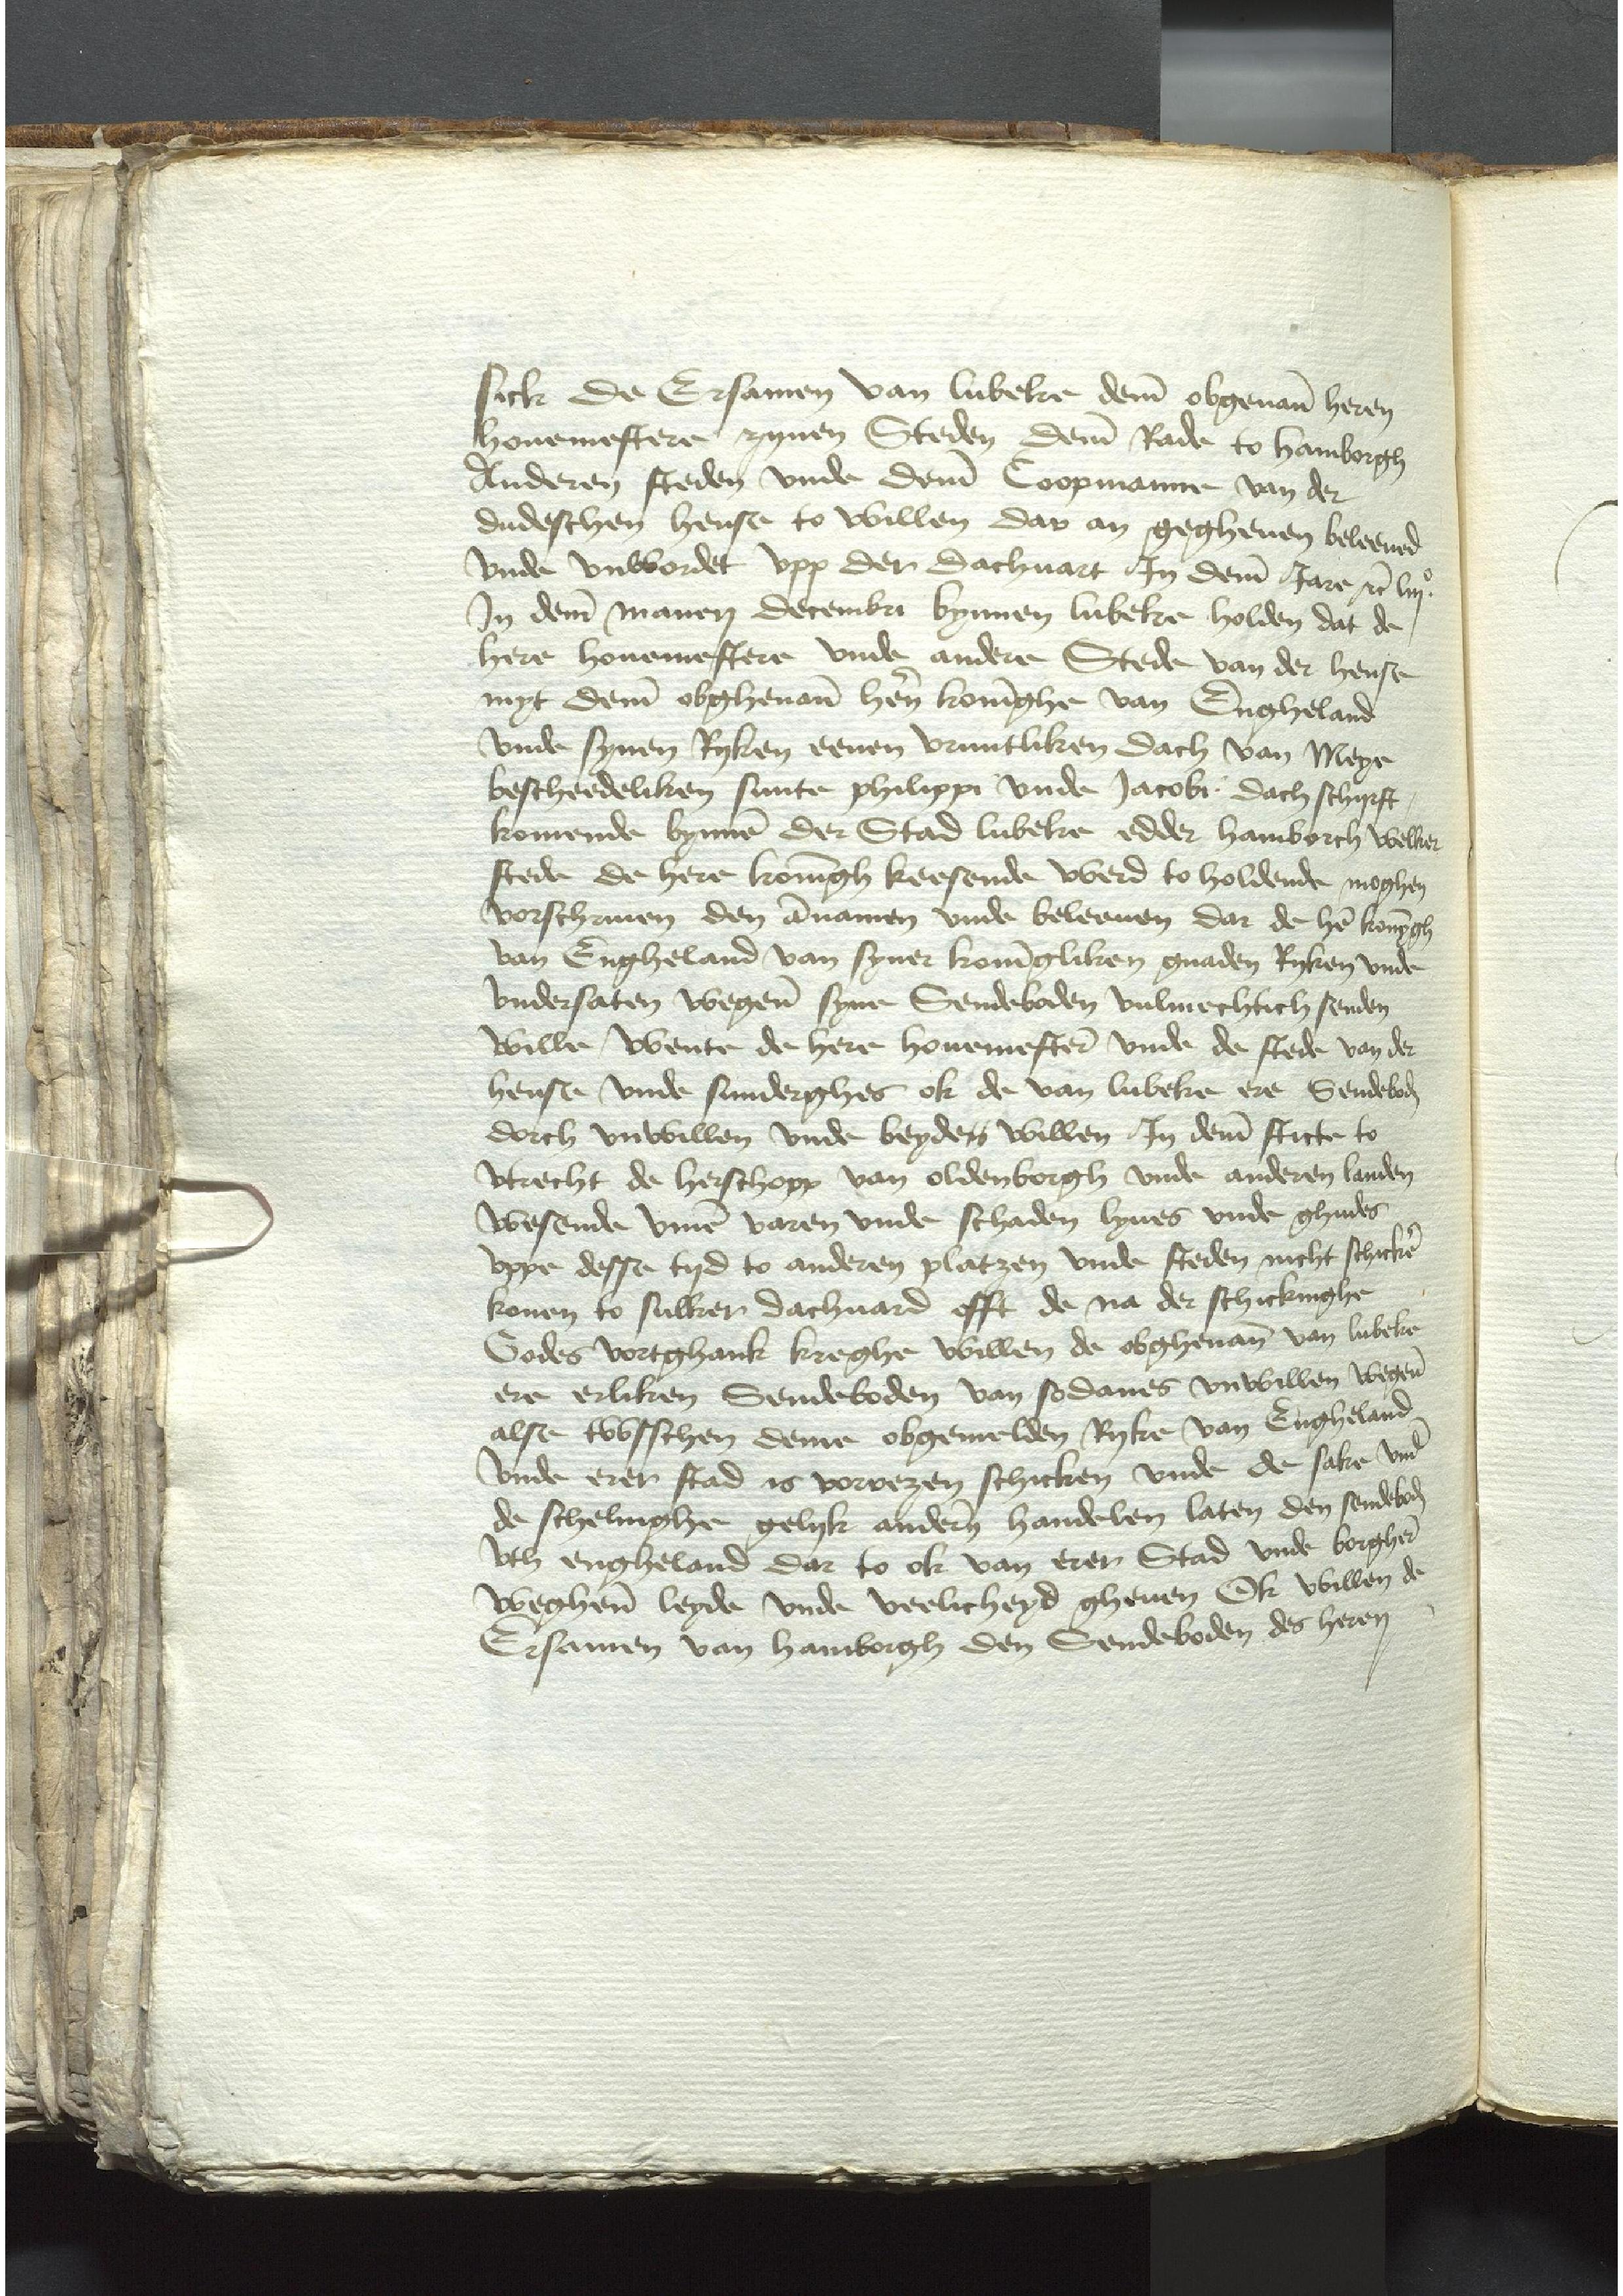
sick de Ersamen van Lubeke deme obgenanten heren
houemestere zynen Steden deme Rade to Hamborgh
Anderen fteden vnde deme Coopmanne van der
dudeschen hense to willen dar an gegheuen beleeued
vnde vnwordet vpp der dachuart Jn deme Jare etcetera liijo
Jn deme manen Decembri bynnen Lubeke holden dat de
here houemestere vnde andere Stede van der hense
myt deme obghenanten hern koninghe van Engheland
vnde synen Ryken eenen vruntliken dach van Meye
bescheddeliken sunte philippi vnde Jacobi dach schijrst
komende bynnen der Stad Lubeke edder Hamborch welker
stede de here koningh keesende werd to holdende moghen
vorschriuen den annamen vnde beleeuen dar de here konynghe
van Engheland van syner koningliken gnaden Ryken vnde
vndersaten wegenen syne Sendeboden vulmechtich senden
wille wente de here houemestere vnde de stede van der
hense vnde sunderghes ok de van Lubeke ere Sendeboden
dorch vnwillen vnde beyden willen Jn deme stirte to
Vtrecht de herschopp van Oldenborgh vnde anderen landen
wesende vmme varen vnde schaden lyues vnde ghudes
vppe desse tyd to anderen platzen vnde steden nicht schicken
konen to sulker dachuard offt de na der schickinghe
Godes vortghank kreghe willen de obghenanten van Lubeke
ere Erliken Sendeboden van sodanes vnwillen wegene
alse twischen deme obgemelden Ryke van Engheland
vnde erer stad is vorrezen schicken vnde de sake vnde
de schelinghe gelyk anderen handelen laten den sendeboden
vth Engheland dar to ok van Erer Stad vnde borghere
weghene leyde vnde veelicheyd gheuen Ok willen de
Ersamen van Hamborgh den Sendeboden des heren